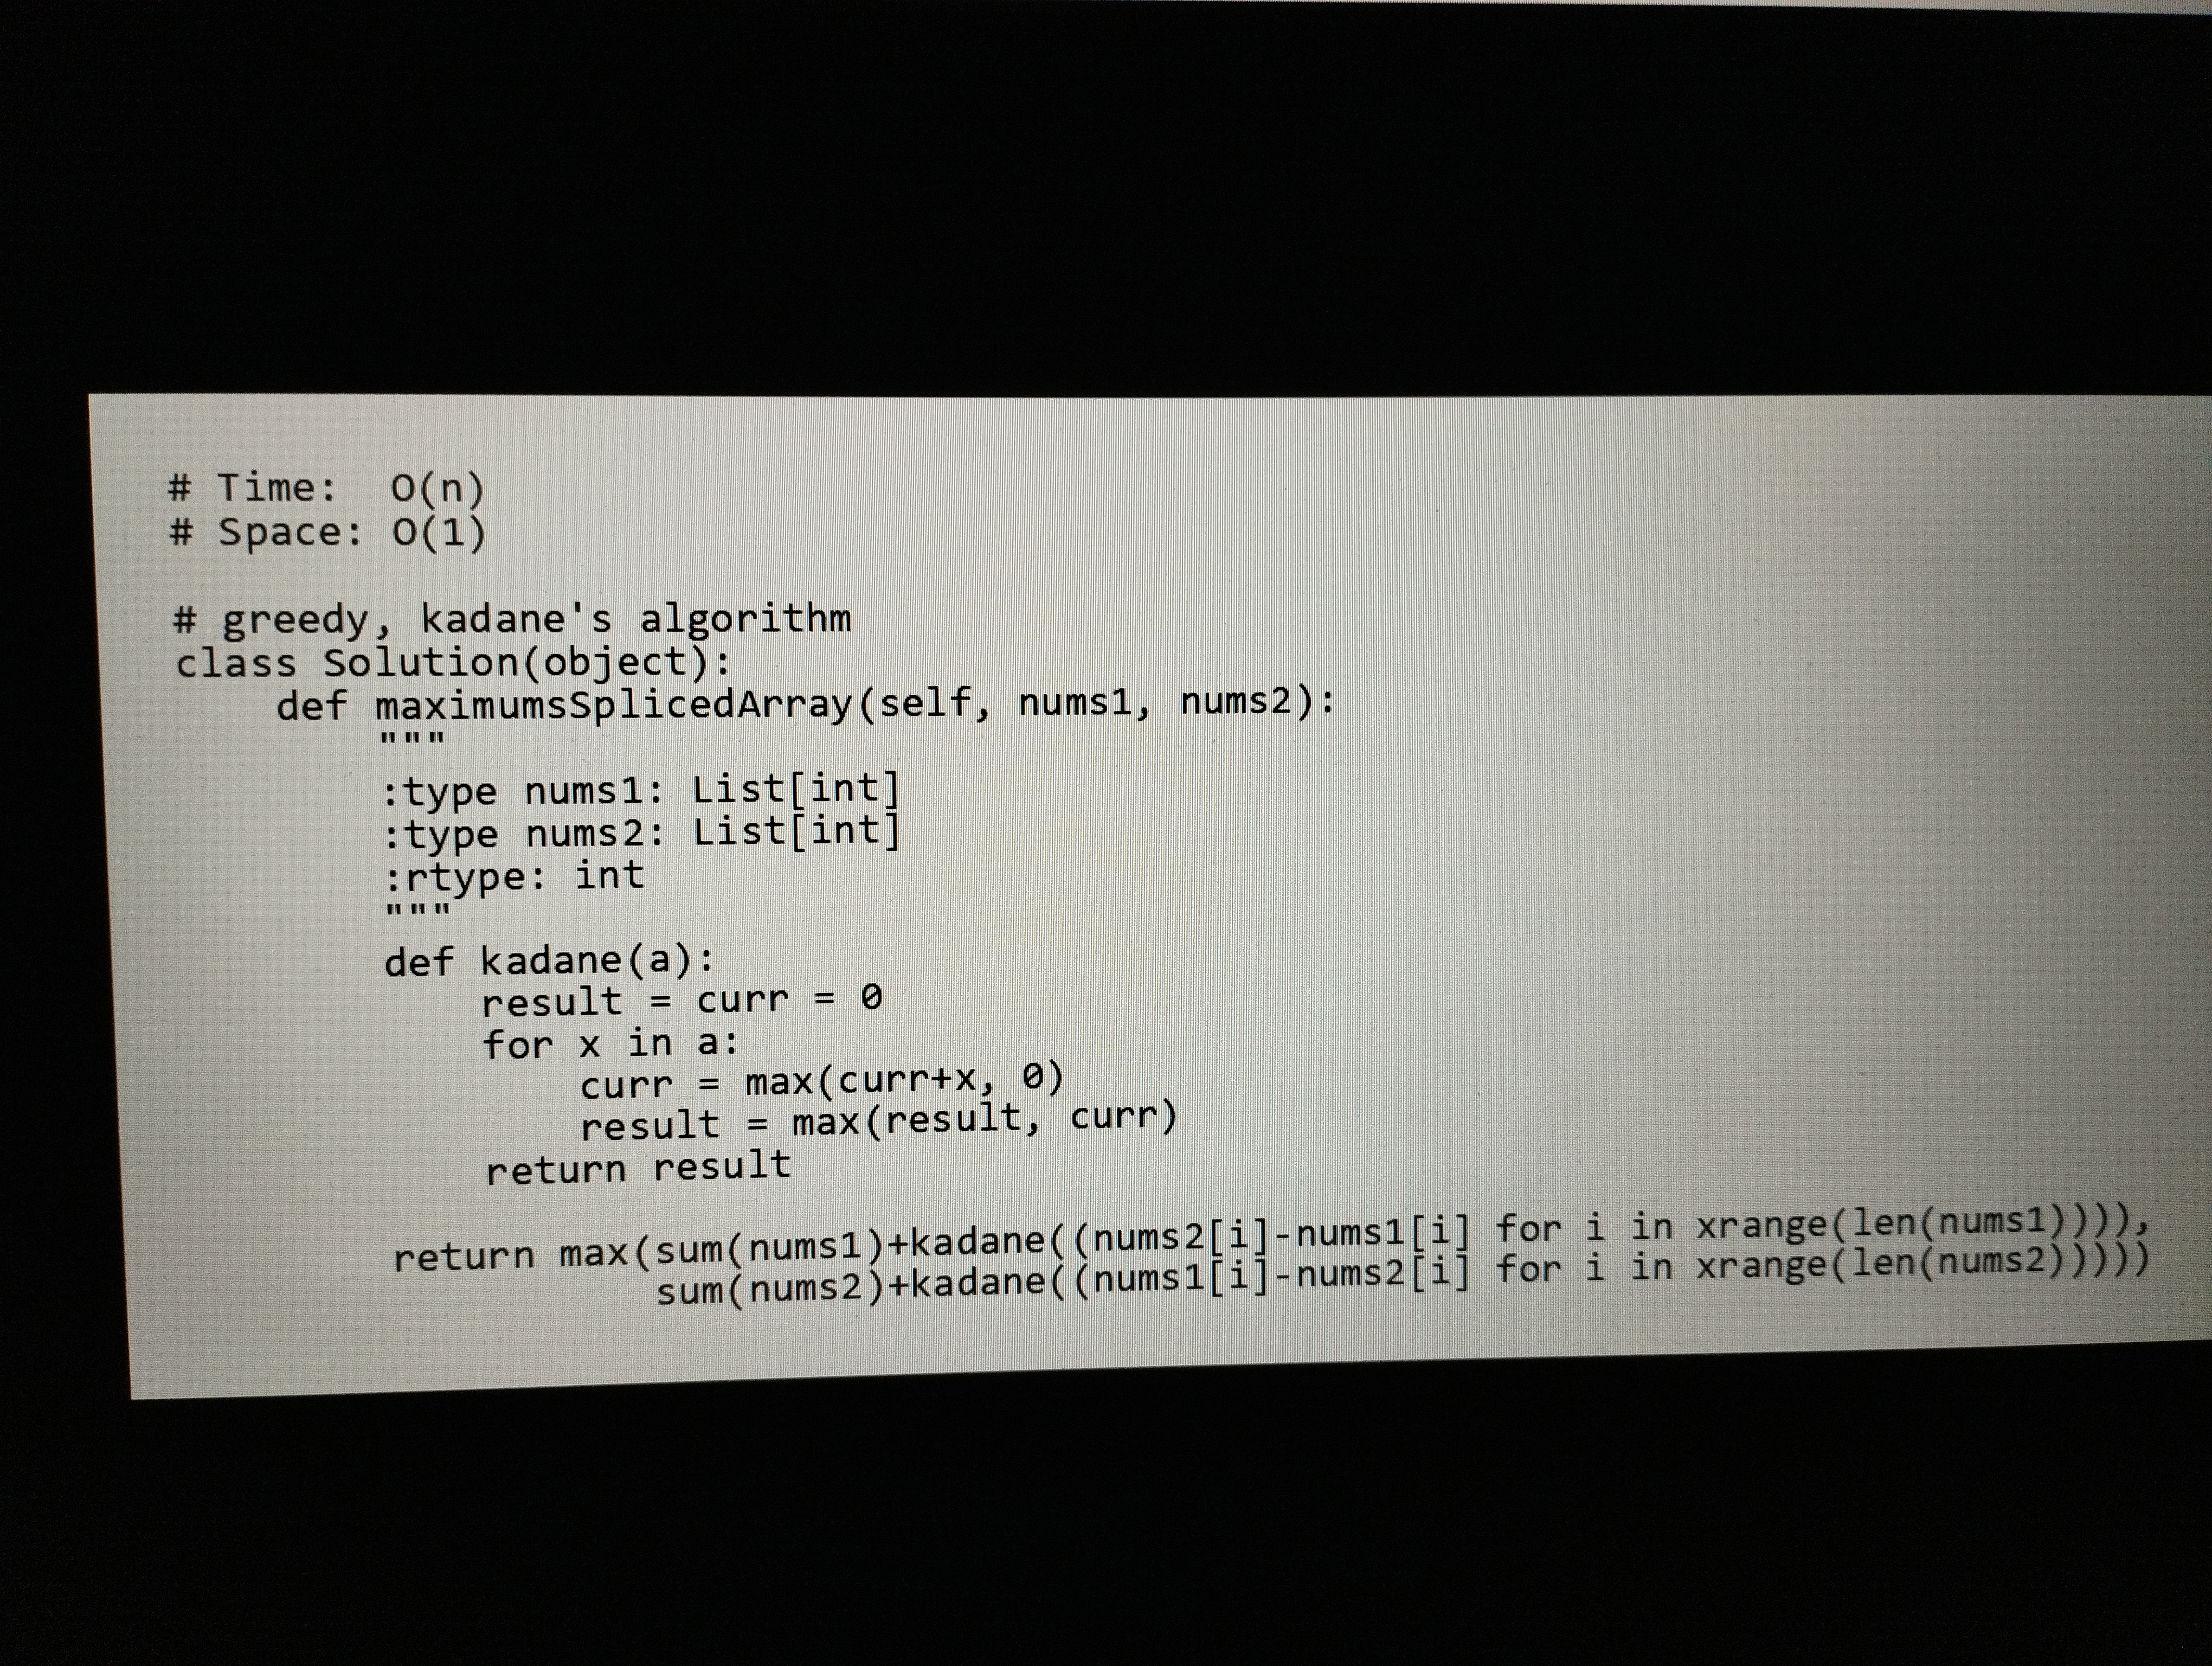
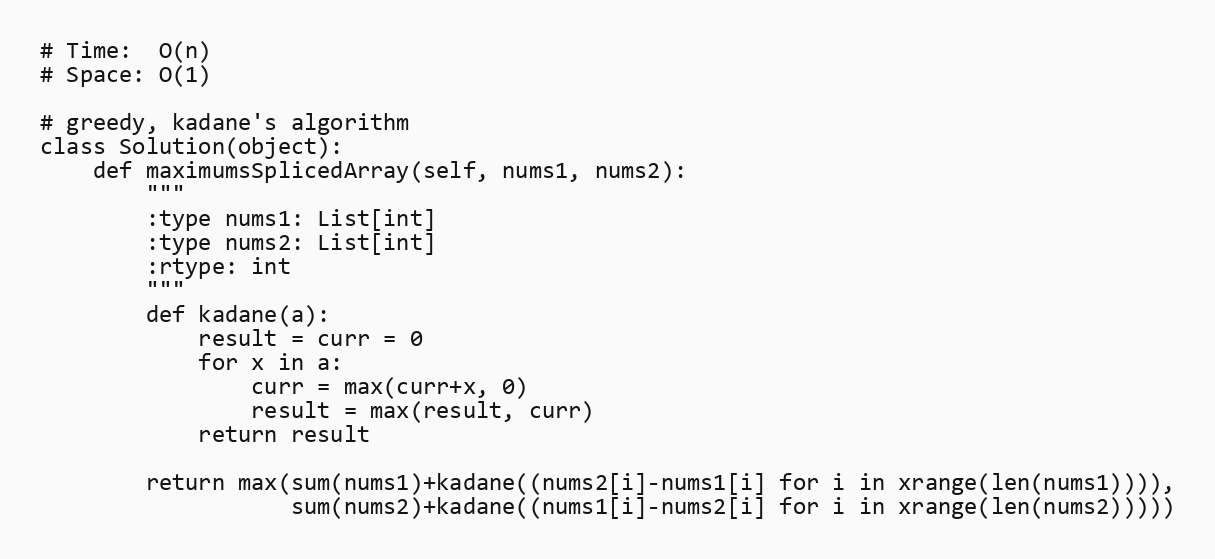
# Time:  O(n)
# Space: O(1)

# greedy, kadane's algorithm
class Solution(object):
    def maximumsSplicedArray(self, nums1, nums2):
        """
        :type nums1: List[int]
        :type nums2: List[int]
        :rtype: int
        """
        def kadane(a):
            result = curr = 0
            for x in a:
                curr = max(curr+x, 0)
                result = max(result, curr)
            return result

        return max(sum(nums1)+kadane((nums2[i]-nums1[i] for i in xrange(len(nums1)))),
                   sum(nums2)+kadane((nums1[i]-nums2[i] for i in xrange(len(nums2)))))